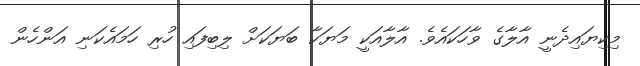
މިކިޔައިދެނީ އާލާގެ ވާހަކައެވެ. އާލާއަކީ މަޔަކާ ބަޔަކަށް ލިބިފައި ހުރި ހަމައެކަނި އަންހެން